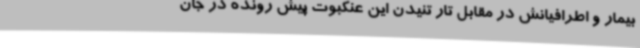
بیمار و اطرافیانش در مقابل تار تنیدن این عنکبوت پیش رونده در جان